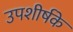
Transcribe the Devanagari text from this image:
उपशीर्षके